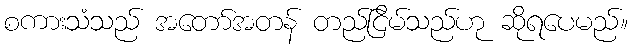
စကားသံသည် အတော်အတန် တည်ငြိမ်သည်ဟု ဆိုရပေမည်။